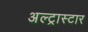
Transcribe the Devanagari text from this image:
अल्ट्रास्टार